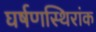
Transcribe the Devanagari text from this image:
घर्षणस्थिरांक